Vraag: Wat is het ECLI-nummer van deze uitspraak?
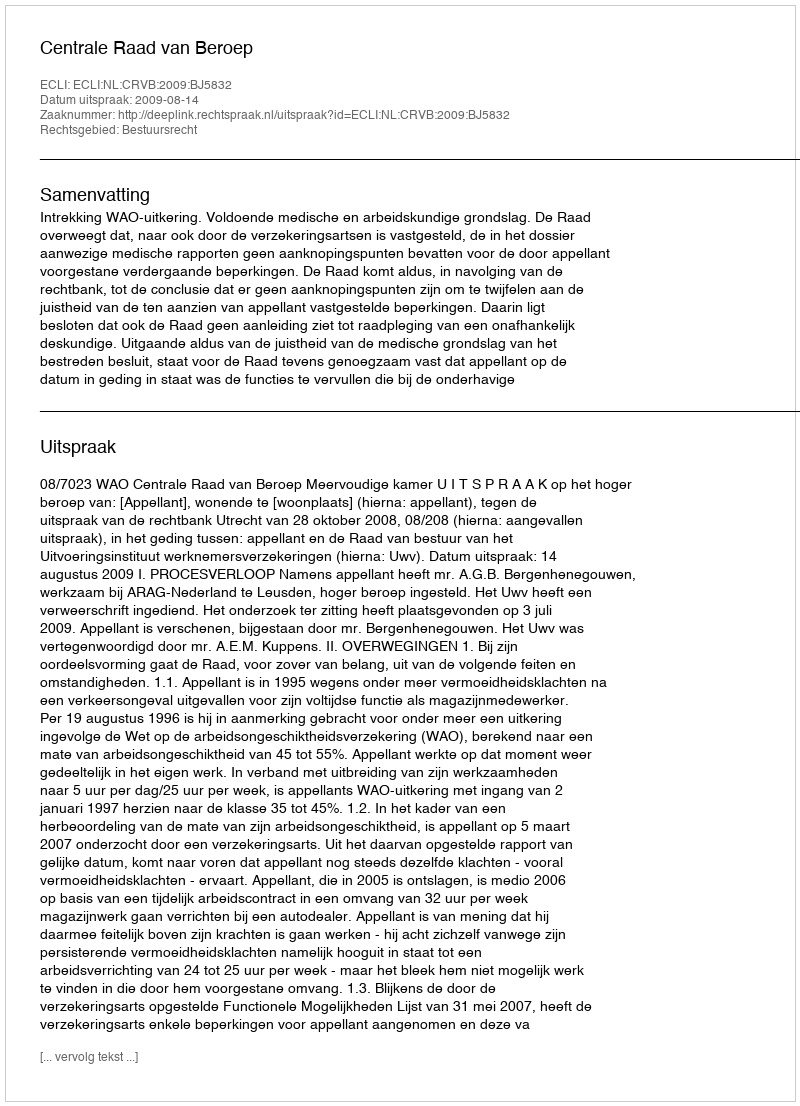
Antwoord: ECLI:NL:CRVB:2009:BJ5832